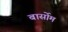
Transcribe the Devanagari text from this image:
बार्सोम